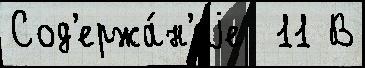
Сод'ержа́н'иjе  11 В